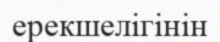
ерекшелігінін